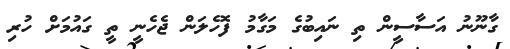
ގާނޫނު އަސާސީން ތި ނައިބުގެ މަގާމު ފޮހެލަން ޖެހެނީ ތީ ގައުމަށް ހުރި